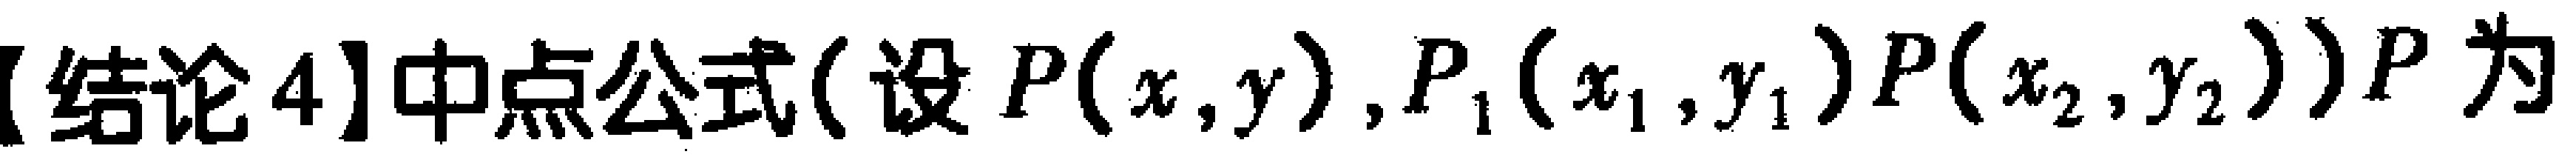
【结论4】中点公式(设 \(P(x,y),P_1(x_1,y_1)P(x_2,y_2)\)) \(P\)为